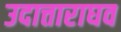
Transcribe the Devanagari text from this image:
उदात्ताराघव